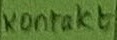
Text: Kontakt